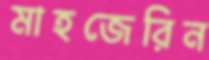
মাহজেরিন